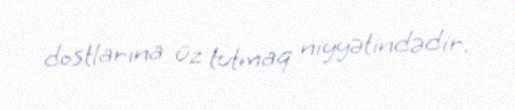
dostlarına üz tutmaq niyyətindədir.